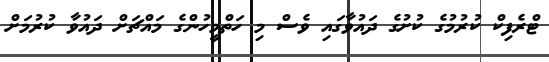
ޓްރެފިކް ކުރުމުގެ ކުށުގެ ދައުވާގައި ވެސް މި ހަތްމީހުންގެ މައްޗަށް ދައުވާ ކުރުމަށް